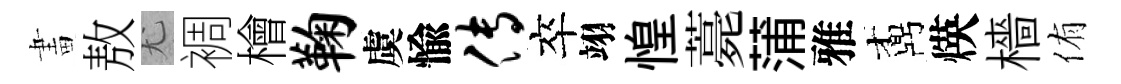
畫敖尤裯檜鞠虞愉传卒翊惶薧蒲雅鼒煐檣侑